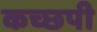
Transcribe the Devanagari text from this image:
कच्छपी